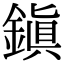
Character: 鎮